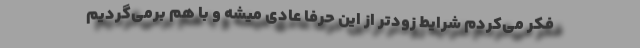
فکر می‌کردم شرایط زودتر از این حرفا عادی میشه و با هم برمی‌گردیم